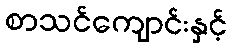
စာသင်ကျောင်းနှင့်